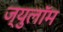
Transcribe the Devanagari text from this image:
ज्युलॉम